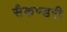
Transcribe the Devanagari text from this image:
सैकण्‍डरी